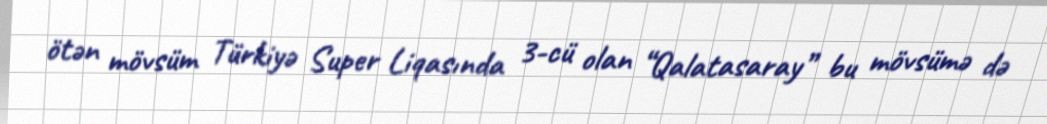
ötən mövsüm Türkiyə Super Liqasında 3-cü olan “Qalatasaray” bu mövsümə də